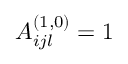
A _ { i j l } ^ { ( 1 , 0 ) } = 1